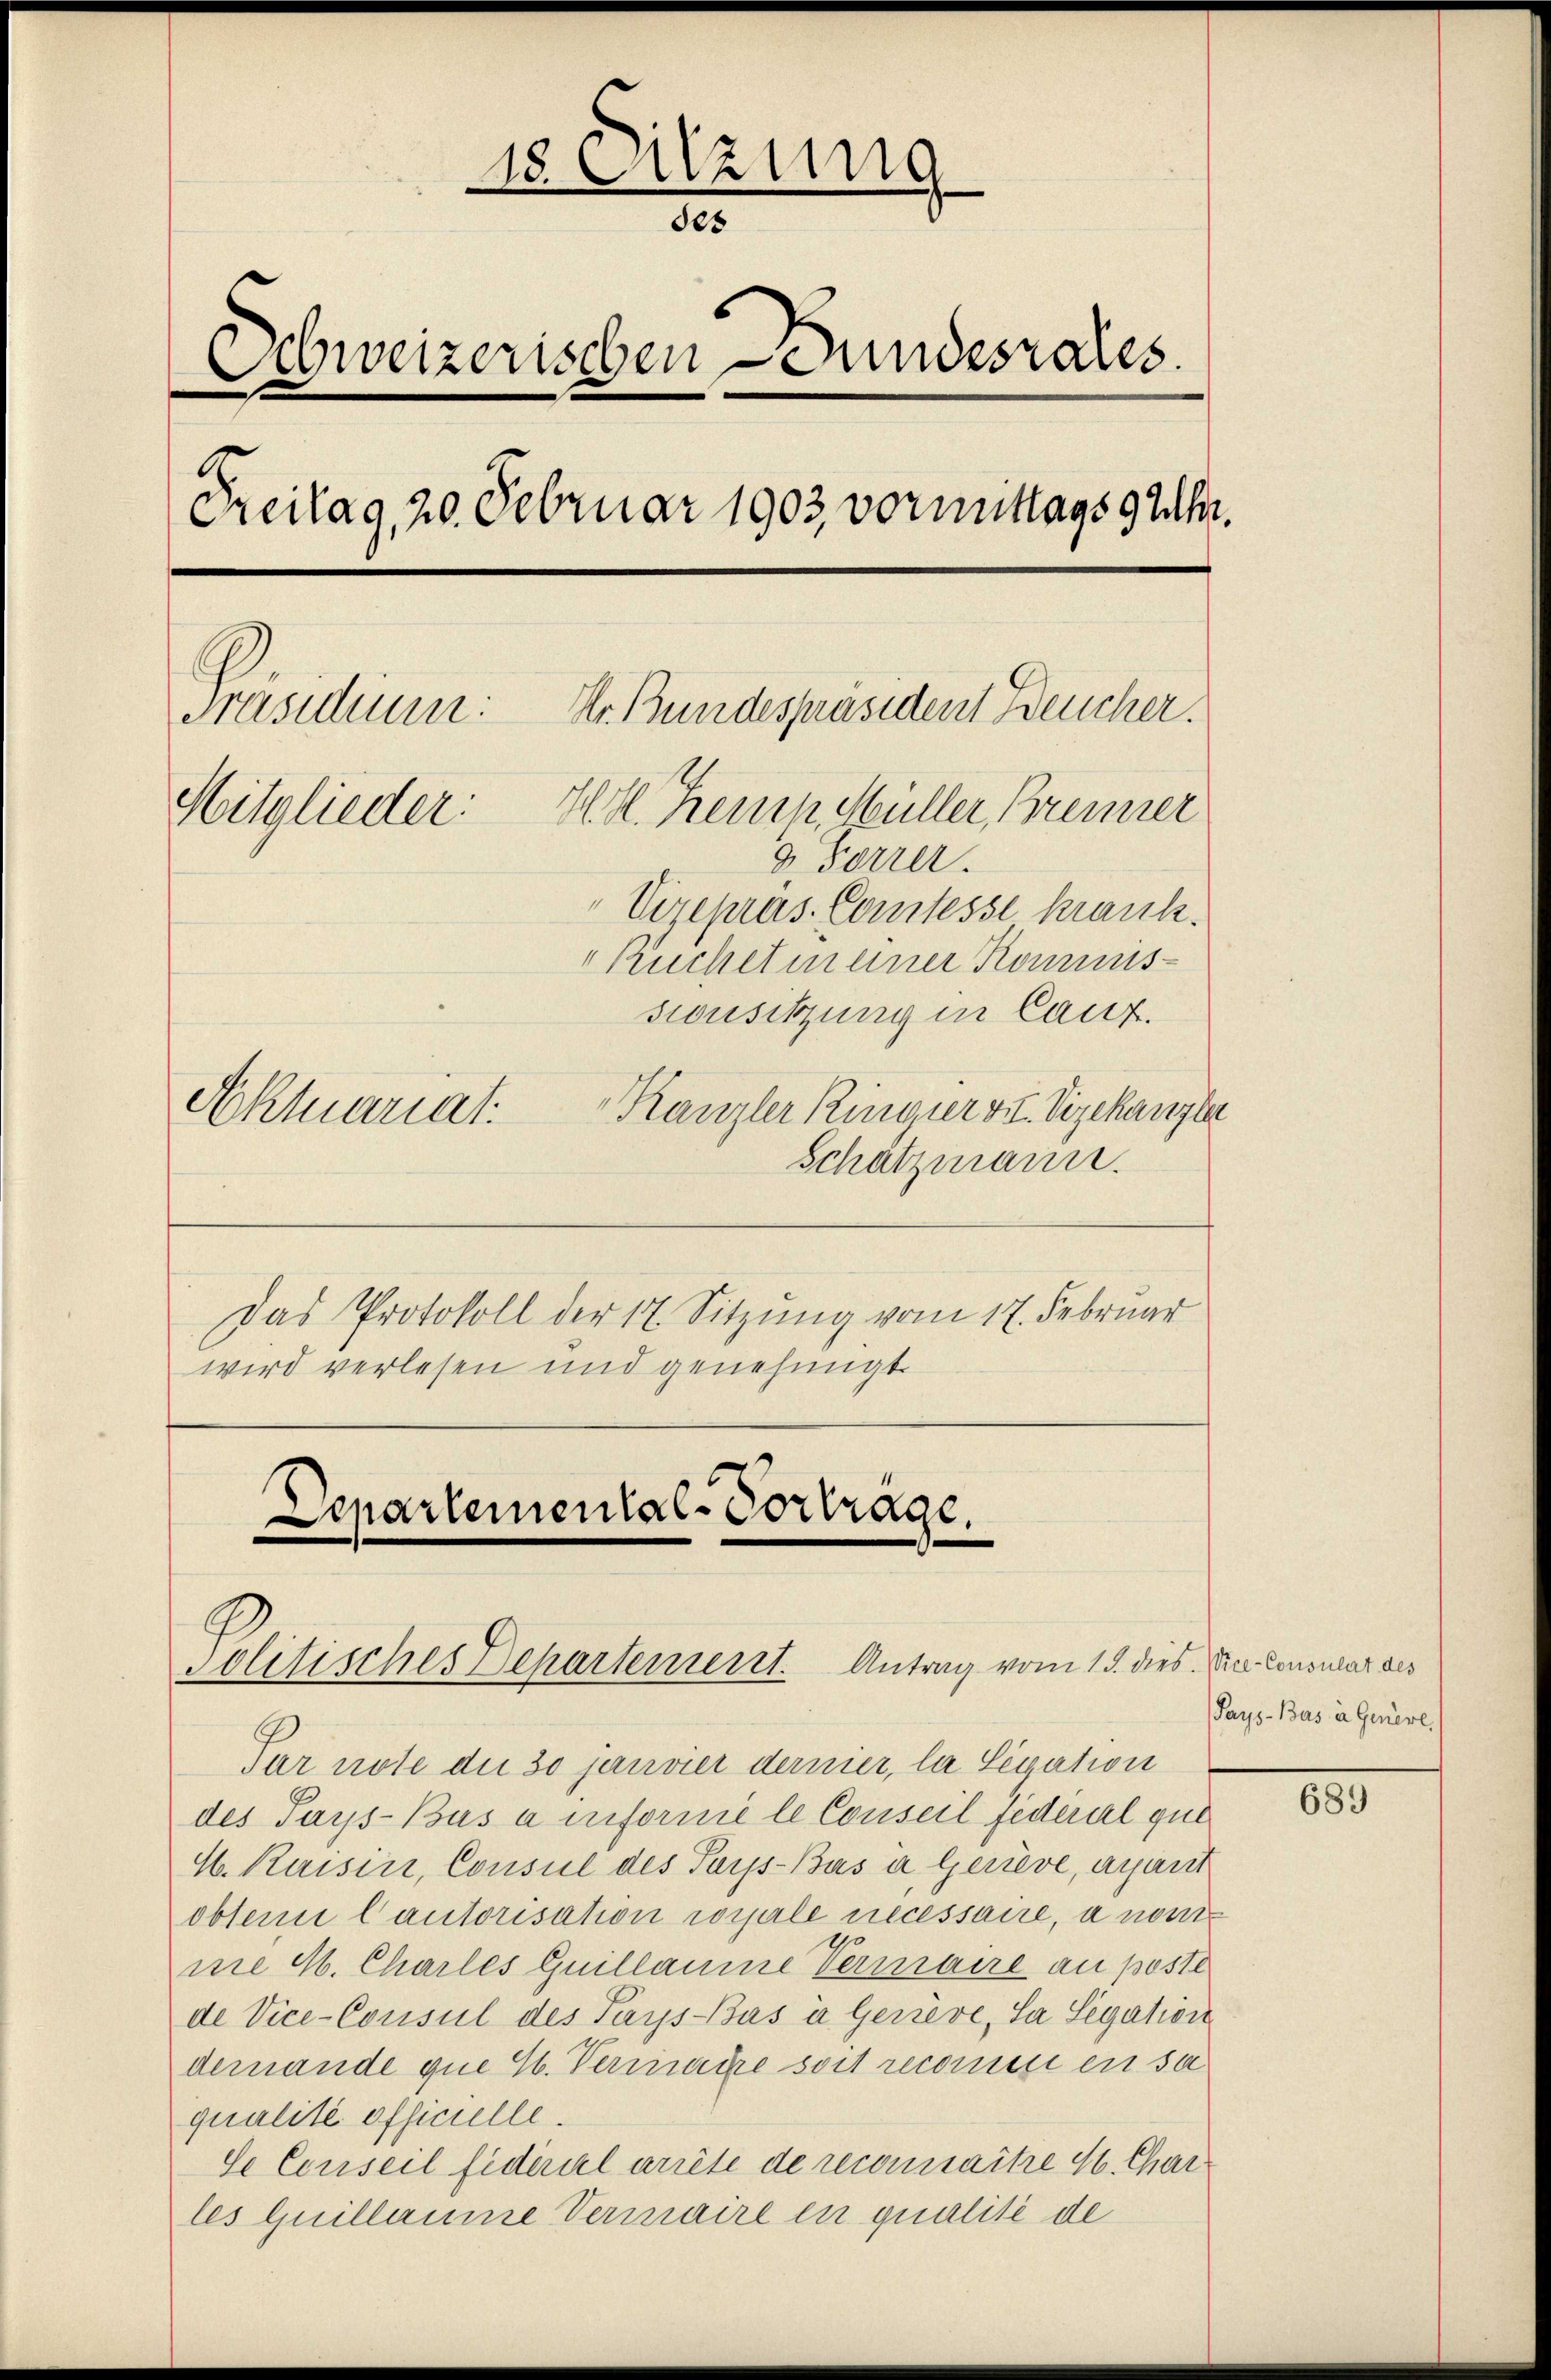
18. Sitzung
des
Schweizerischen Bundesrates.
Freitag, 20. Februar 1903 vormittags 9 Uhr.
Dr. Bundespräsident Deucher.
Präsidium.
Mitglieder: Hr. Kemp. Müller, Brenner
g. Forrer.
" Vizepräs. Comtesse krank.
Ruchet meiner Kommis-
sionsitzung in Canz.
Kanzler Ringier v. Vizekanzle
Aktuariat
Schatzmann.

Das Protokoll der 17. Sitzung vom 17. Februar
wird verlesen und genehmigt.

Departemental-Vortrage.
Politisches Departement. Antrag vom 15. dies Dr. Consular des

Par note die 30 janvier dernier, la Sixation
des Pays-Bus à informé le Conseil fédéral gut
H. Kaisin, Consul des Pap-Bás a Gerieve, ayant
obten Cautorisation comple necessaire, a nom¬
10
me H. Charles Guillaume vermaire an poste
de Vice-Consul des Pays-Bas à Gerieve, Sa Segation
dernande que C. Vermaire soit reconnue en sa
qualité officielle.
Se Conseil fideriel arrête de reconnaitre M. Charles quillaume Vermaire in qualité de

Pays-Bars in Genere,

800